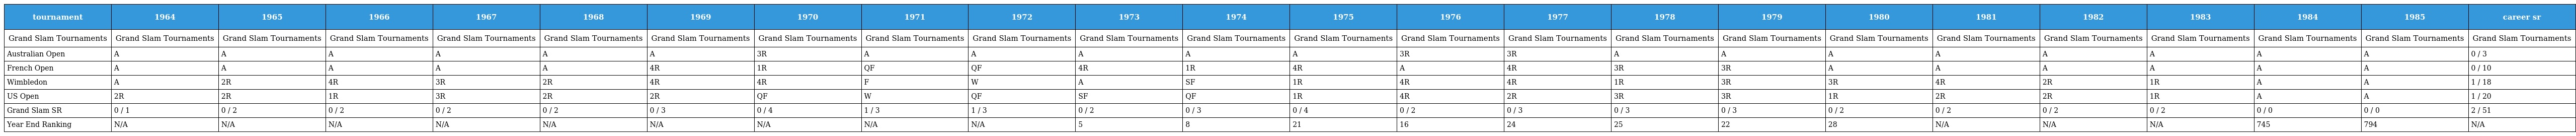
| tournament | 1964 | 1965 | 1966 | 1967 | 1968 | 1969 | 1970 | 1971 | 1972 | 1973 | 1974 | 1975 | 1976 | 1977 | 1978 | 1979 | 1980 | 1981 | 1982 | 1983 | 1984 | 1985 | career sr |
 | --- | --- | --- | --- | --- | --- | --- | --- | --- | --- | --- | --- | --- | --- | --- | --- | --- | --- | --- | --- | --- | --- | --- | --- |
 | Grand Slam Tournaments | Grand Slam Tournaments | Grand Slam Tournaments | Grand Slam Tournaments | Grand Slam Tournaments | Grand Slam Tournaments | Grand Slam Tournaments | Grand Slam Tournaments | Grand Slam Tournaments | Grand Slam Tournaments | Grand Slam Tournaments | Grand Slam Tournaments | Grand Slam Tournaments | Grand Slam Tournaments | Grand Slam Tournaments | Grand Slam Tournaments | Grand Slam Tournaments | Grand Slam Tournaments | Grand Slam Tournaments | Grand Slam Tournaments | Grand Slam Tournaments | Grand Slam Tournaments | Grand Slam Tournaments | Grand Slam Tournaments |
 | Australian Open | A | A | A | A | A | A | 3R | A | A | A | A | A | 3R | 3R | A | A | A | A | A | A | A | A | 0 / 3 |
 | French Open | A | A | A | A | A | 4R | 1R | QF | QF | 4R | 1R | 4R | A | 4R | 3R | 3R | A | A | A | A | A | A | 0 / 10 |
 | Wimbledon | A | 2R | 4R | 3R | 2R | 4R | 4R | F | W | A | SF | 1R | 4R | 4R | 1R | 3R | 3R | 4R | 2R | 1R | A | A | 1 / 18 |
 | US Open | 2R | 2R | 1R | 3R | 2R | 2R | QF | W | QF | SF | QF | 1R | 4R | 2R | 3R | 3R | 1R | 2R | 2R | 1R | A | A | 1 / 20 |
 | Grand Slam SR | 0 / 1 | 0 / 2 | 0 / 2 | 0 / 2 | 0 / 2 | 0 / 3 | 0 / 4 | 1 / 3 | 1 / 3 | 0 / 2 | 0 / 3 | 0 / 4 | 0 / 2 | 0 / 3 | 0 / 3 | 0 / 3 | 0 / 2 | 0 / 2 | 0 / 2 | 0 / 2 | 0 / 0 | 0 / 0 | 2 / 51 |
 | Year End Ranking | N/A | N/A | N/A | N/A | N/A | N/A | N/A | N/A | N/A | 5 | 8 | 21 | 16 | 24 | 25 | 22 | 28 | N/A | N/A | N/A | 745 | 794 | N/A |